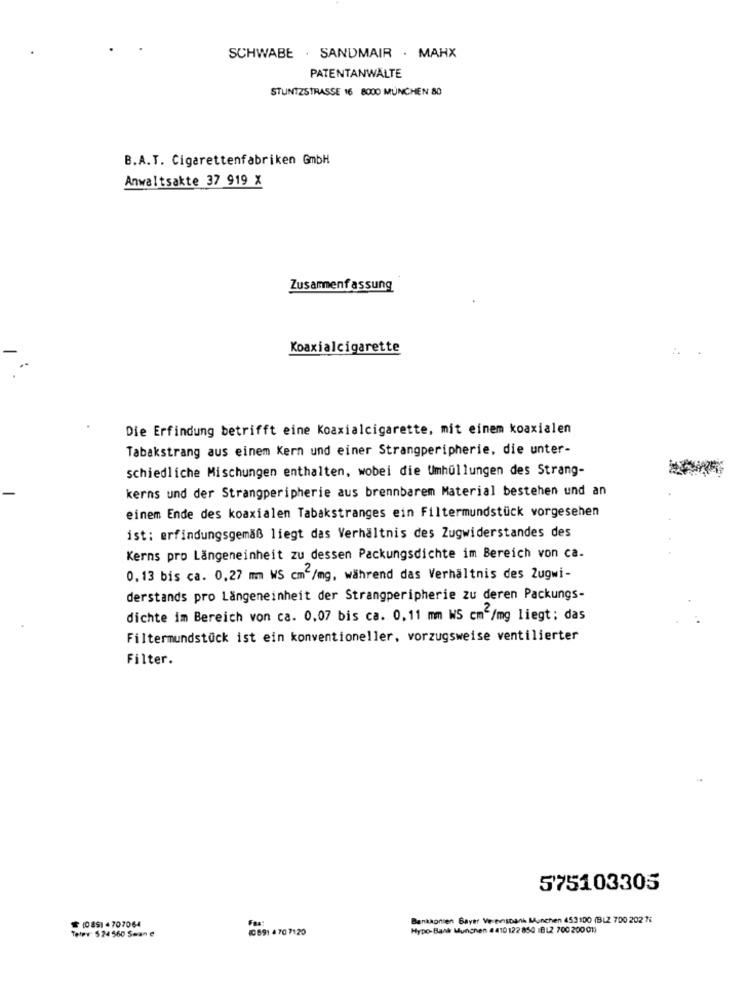
SCHWABE . SANDMAIR . MAHX
PATENTANWÄLTE
STUNTZSTRASSE 16 8000 MUNCHEN 80
B.A.T. Cigarettenfabriken GmbH
Anwaltsakte 37 919 X
Zusammenfassung
Koaxialcigarette
Die Erfindung betrifft eine Koaxialcigarette, mit einem koaxialen
Tabakstrang aus einem Kern und einer Strangperipherie, die unter-
schiedliche Mischungen enthalten, wobei die Umhüllungen des Strang-
kerns und der Strangperipherie aus brennbarem Material bestehen und an
einem Ende des koaxialen Tabakstranges ein Filtermundstück vorgesehen
ist: erfindungsgemäß liegt das Verhältnis des Zugwiderstandes des
Kerns pro Längeneinheit zu dessen Packungsdichte im Bereich von ca.
0,13 bis ca. 0,27 mm WS cm2/mg, während das Verhältnis des Zugwi-
derstands pro Längeneinheit der Strangperipherie zu deren Packungs-
dichte im Bereich von ca. 0,07 bis ca. 0,11 mm WS cmc/mg liegt; das
Filtermundstück ist ein konventioneller, vorzugsweise ventilierter
Filter.
575103305
10851 4 707064
Bankkonten Bayer Ve nesDank Munchen 453100 (BL2 700 202 7
Telpy: 524 560 Swan e
(0891 4 70 7120
Fax:
Hypo-Bank Munchen 4410 122 850 1BL2 700 200 01)